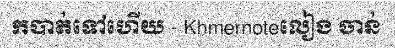
កបាត់ទៅហើយ - Khmernoteលៀង ចាន់